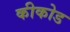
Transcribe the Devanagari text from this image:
कीकोड